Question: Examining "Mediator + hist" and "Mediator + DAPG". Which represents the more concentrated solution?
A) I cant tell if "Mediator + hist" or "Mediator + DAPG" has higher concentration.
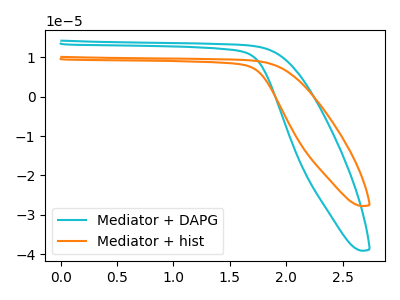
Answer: <think>The cyan curve "Mediator + DAPG" has no peaks. The orange curve "Mediator + hist" has no peaks.
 Neither "Mediator + hist" or "Mediator + DAPG" have any peaks.</think>
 <answer>A) I cant tell if "Mediator + hist" or "Mediator + DAPG" has higher concentration.</answer>
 <eval>A</eval>